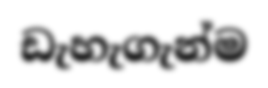
ඩැහැගැන්ම